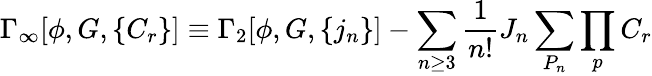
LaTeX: \Gamma_{\infty}[\phi,G,\{ C_{r}\} ]\equiv\Gamma_{2}[\phi,G,\{ j_{n}\} ]-\sum_{n\ge 3}{\frac 1{n!}}J_{n}\sum_{P_{n}}\prod_{p}C_{r}